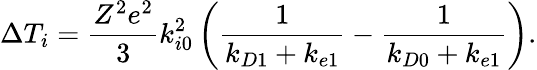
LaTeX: \Delta T_{i}=\frac{Z^{2}e^{2}}{3}k_{i0}^{2}\left(\frac{1}{k_{D1}+k_{e1}}-\frac{1}{k_{D0}+k_{e1}}\right).